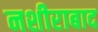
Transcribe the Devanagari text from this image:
नशीराबाद